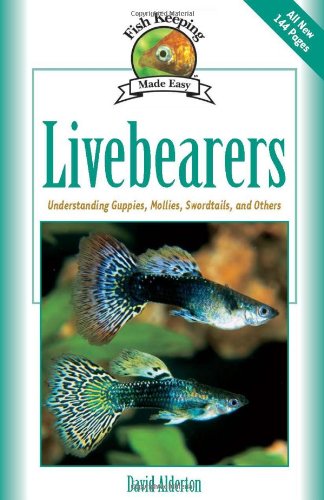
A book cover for Livebearers: Understanding Guppies, Mollies, Swordtails and Others (Fish Keeping Made Easy); David Alderton; Crafts, Hobbies & Home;